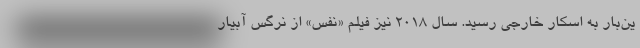
ین‌بار به اسکار خارجی رسید. سال ۲۰۱۸ نیز فیلم «نفس» از نرگس آبیار